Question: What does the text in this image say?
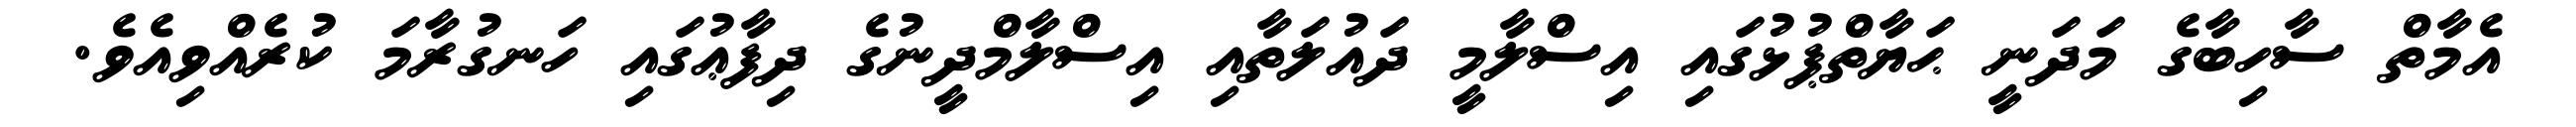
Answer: އެމާތް ސާހިބާގެ މަދަނީ ޙަޔާތްޕުޅުގައި އިސްލާމީ ދައުލަތާއި އިސްލާމްދީނުގެ ދިފާޢުގައި ހަނގުރާމަ ކުރެއްވިއެވެ.